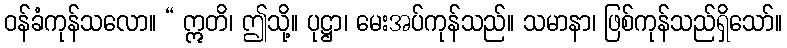
ဝန်ခံကုန်သလော။ “ ဣတိ၊ ဤသို့။ ပုဋ္ဌာ၊ မေးအပ်ကုန်သည်။ သမာနာ၊ ဖြစ်ကုန်သည်ရှိသော်။